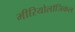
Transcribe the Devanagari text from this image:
मीरियोलॉजिकल